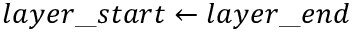
l a y e r \_ s t a r t \gets l a y e r \_ e n d